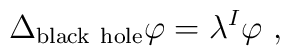
\Delta_{\rm black~hole} \varphi = \lambda^I \varphi~,